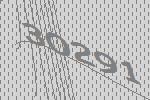
30291